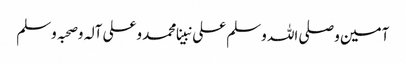
آمین وصلی اللہ وسلم علی نبینا محمد وعلی آلہ وصحبہ وسلم